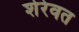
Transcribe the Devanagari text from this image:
शेरेवत